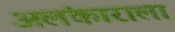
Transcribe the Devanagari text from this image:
अलंकाराला